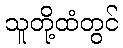
သူတို့ထံတွင်